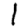
Digit: 1